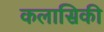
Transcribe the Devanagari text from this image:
कलासिकी